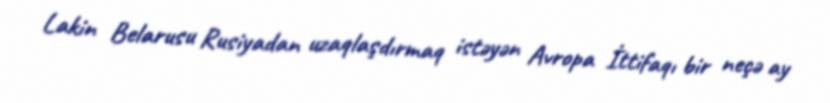
Lakin Belarusu Rusiyadan uzaqlaşdırmaq istəyən Avropa İttifaqı bir neçə ay